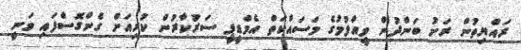
ރައްޔިތުން ރަށު ބަންދުން ވީއްލުމުގެ މަސައްކަތް އެމްޑީޕީ ސަރުކާރުން ކުރިއަށް ގެންގޮސްފައި ވަނީ